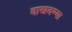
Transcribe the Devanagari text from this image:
दाखवण्या